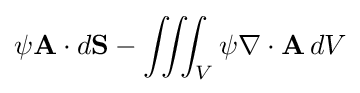
\psi \mathbf {A} \cdot d\mathbf {S} -\iiint _{V}\psi \nabla \cdot \mathbf {A} \,dV